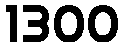
1300